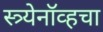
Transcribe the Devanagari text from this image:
स्त्र्येनॉव्हचा